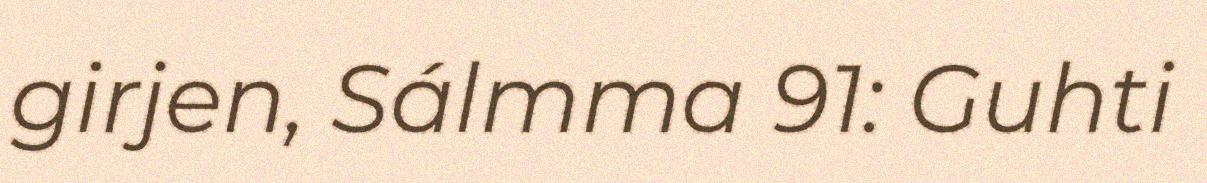
girjen, Sálmma 91: Guhti